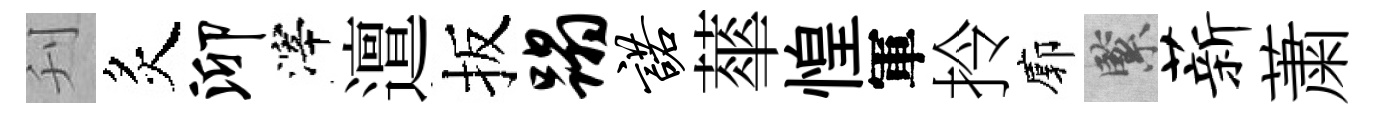
刋炙泖滓邅扳蹋诺蕐惶軍拎廓緊薪䔥